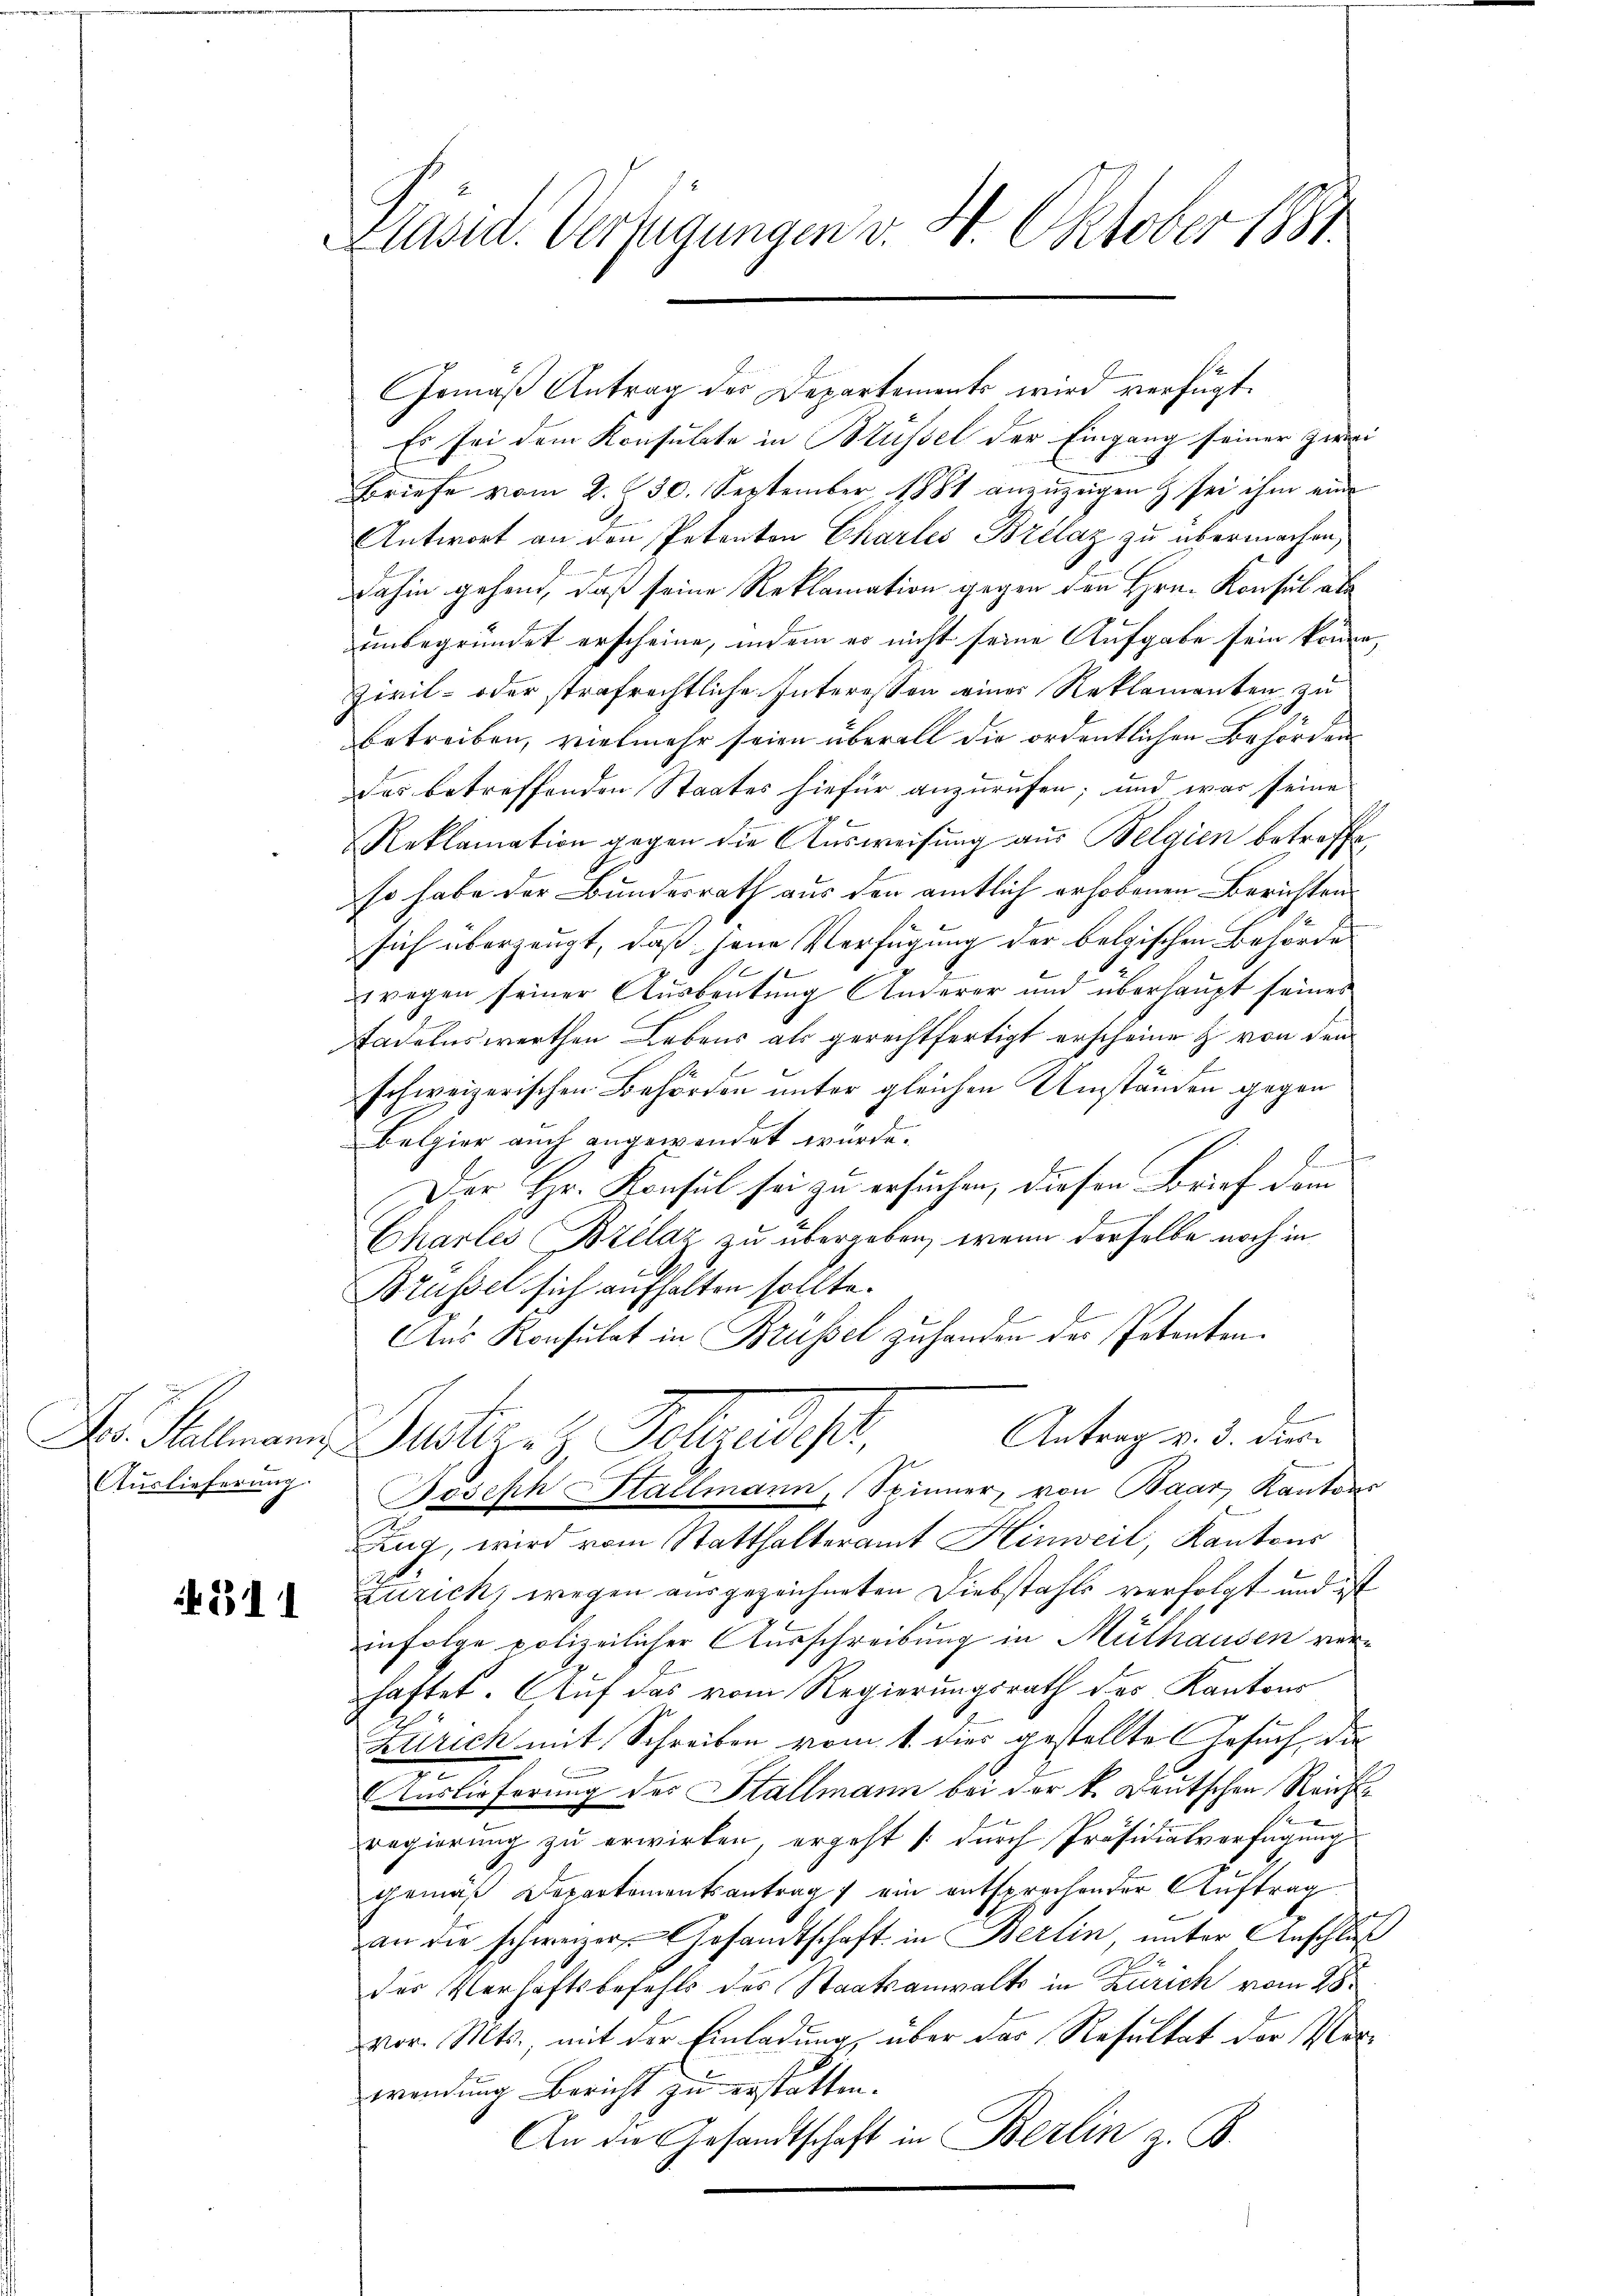
Auslieferung.

if. 311

Präsid. Verfügungen v. 4. Oktober 1881.

Gemäß Antrag des Departements wird verfügt:
Es sei dem Konsulate in Küssel der Eingang seiner Zwei
Briefe vom 2. 30. September 1881 anzuzeigen & sei ihm eine
Antwort an den Petenten Charlis Brelaz zu übermachen,
dahin gehend, daß seine Reklamation gegen den Hrn. Konsul als
unbegründet erscheine, indem er nicht seine Aufgabe sein könne,
Zivil- oder strafrechtliche Interessen einer Reklamanten zu
betreiben, vielmehr seien überall die ordentlichen Behörden
des betreffenden Staates hiefür anzurufen; und war seine
Reklamation gegen die Ausweisung aus Belgien betreffe,
so habe der Bundesrath aus den amtlich erhobenen Berichten
sich überzeugt, daß jene Verfügung der belgischen Behörde
wegen seiner Ausbeutung Anderer und überhaupt seines
Tadelnswerthen Lebens als gerechtfertigt erscheinen & von den
schweizerischen Behörden unter gleichen Umständen gegen
Belgier auch angewendet würde.
Der Hr. Konsul sei zu ersuchen, diesen Brief dem
venannt
Chartes Brilaz zu übergeben, wenn derselbe noch in
Brüssel sich aufhalten sollte.
Aus Konsulat in Brüssel zu handen des Petenten.
Antrag v. 3. dies
Dr. Kellmann Gartezel Folgendesr
Joseph Stallmann, Spinner, von Baar, Kantons
Zug, wird vom Statthalteramt Hinweil, Kantons
Zürich, wegen ausgezeichneten Diebstahls verfolgt und ist
infolge polizeilicher Ausschreibung in Mülhausen verhaftet. Auf das vom Regierungsrath des Kantons
Zürich mit Schreiben vom 1. dies gestellte Gesuch, da
can
.
Auslieferung des Stallmann bei der k. Deutschen Reicht
regierung zu erwirken ergeht /: durch Präsidialverfügung
gemäß Departementsantrag ein entsprochender Auftrag
an die schweizer Gesandtschaft in Berlin, unter Anschluß
der Verhaftsbefehls des Staatsanwalts in Zürich vom 28.
vor. Mts., mit der Einladung, über das Resultat der Verwendung Bericht zu erstatten.
An die Gesandtschaft in Berlin z. B.